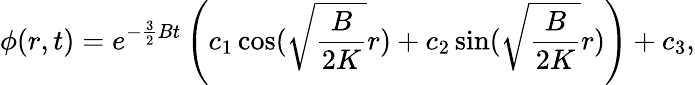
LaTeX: \phi(r,t)=e^{-\frac{3}{2}Bt}\left(c_{1}\cos(\sqrt{\frac{B}{2K}}r)+c_{2}\sin(\sqrt{\frac{B}{2K}}r)\right)+c_{3},